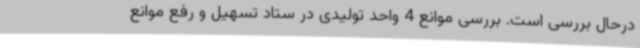
درحال بررسی است. بررسی موانع 4 واحد تولیدی در ستاد تسهیل و رفع موانع